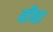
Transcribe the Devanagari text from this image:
बीबा